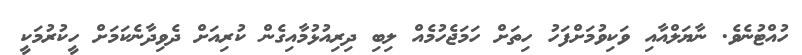
ހުއްޓުނެވެ. ނާޔަލްއާއި ވަކިވުމަށްފަހު ހިތަށް ހަމަޖެހުމެއް ލިބި ދިރިއުޅުމާއިގެން ކުރިއަށް ދެވިދާނެކަމަށް ހީކުރުމަކީ